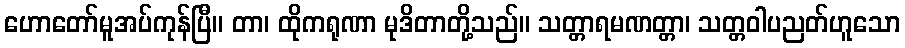
ဟောတော်မူအပ်ကုန်ပြီ။ တာ၊ ထိုကရုဏာ မုဒိတာတို့သည်။ သတ္တာရမဏတ္တာ၊ သတ္တဝါပညတ်ဟူသော